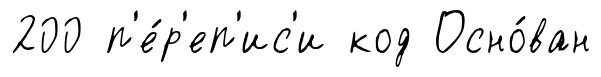
200 п'е́р'еп'ис'и код Осно́ван